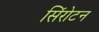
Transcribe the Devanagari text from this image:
सिंरोटन